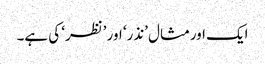
ایک اورمثال ’نذر‘ اور ’نظر‘ کی ہے۔